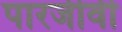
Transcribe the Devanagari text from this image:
पारजीवी